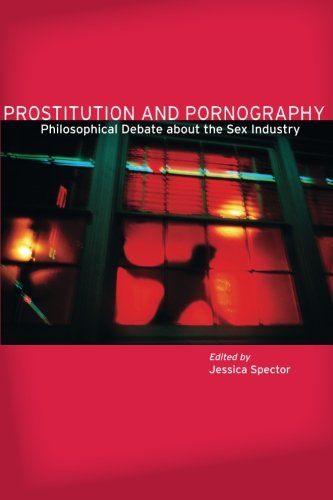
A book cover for Prostitution and Pornography: Philosophical Debate About the Sex Industry; Politics & Social Sciences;